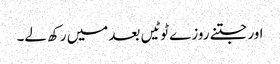
اور جتنے روزے ٹوٹیں بعد میں رکھ لے۔